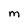
Character: m